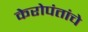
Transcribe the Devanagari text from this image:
केरोपंतांचे